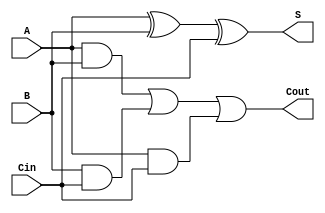
module FullAdder (
    input wire A,      // First input bit
    input wire B,      // Second input bit
    input wire Cin,    // Carry-in bit
    output wire S,     // Sum output
    output wire Cout   // Carry-out output
);

// Intermediate signals
wire xor1_out; // Output of first XOR gate
wire and1_out; // Output of first AND gate
wire and2_out; // Output of second AND gate
wire and3_out; // Output of third AND gate

// Level 1: XOR gates for sum calculation
assign xor1_out = A ^ B; // First XOR gate
assign S = xor1_out ^ Cin; // Final sum output

// Level 1: AND gates for carry-out calculation
assign and1_out = A & B;   // AND gate for A and B
assign and2_out = B & Cin;  // AND gate for B and Cin
assign and3_out = A & Cin;  // AND gate for A and Cin

// Level 2: OR gate for carry-out
assign Cout = and1_out | and2_out | and3_out; // Final carry-out output

endmodule